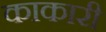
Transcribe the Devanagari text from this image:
काकारी